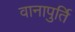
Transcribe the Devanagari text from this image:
वानापुर्ति